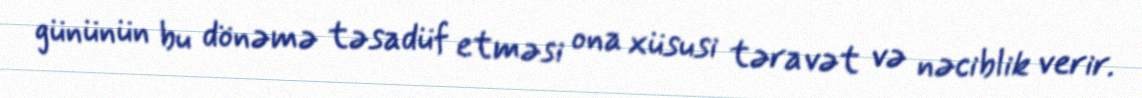
gününün bu dönəmə təsadüf etməsi ona xüsusi təravət və nəciblik verir.